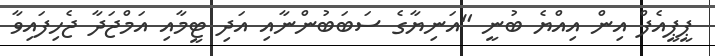
ޕީޕީއެފް އިން އިއްޔެ ބުނީ "އަނިޔާގެ ސަބަބުންނާއި އަދި ޓީމާއި އަމްޖަދާ ޖެހިފައިވާ